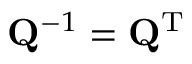
\mathbf { Q } ^ { - 1 } = \mathbf { Q } ^ { \mathrm { T } }